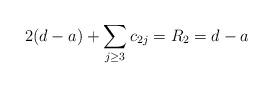
LaTeX: \begin{align*}2(d-a) + \sum_{j\geq 3}c_{2j} = R_2 = d-a \end{align*}